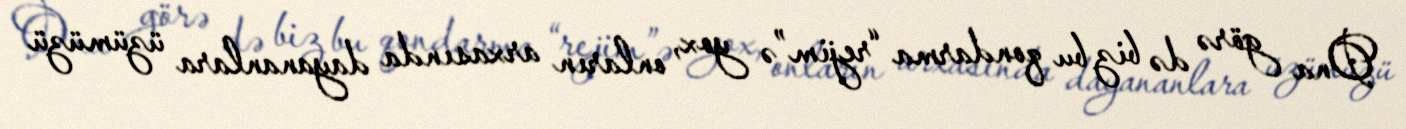
Ona görə də biz bu qondarma “rejim”ə yox, onların arxasında dayananlara üzümüzü